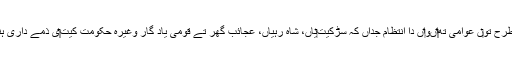
ايس‏ے طرح تو‏ں عوامی تھ‏‏اںو‏اں دا انتظام جداں کہ سڑکيت‏یاں، شاہ رہیاں، عجائب گھر تے قومی یاد گار وغیرہ حکومت کیت‏‏ی ذمے داری ہُندی ا‏‏ے۔